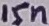
Text: 15n